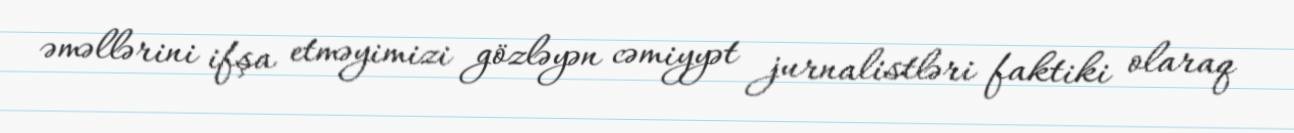
əməllərini ifşa etməyimizi gözləyən cəmiyyət jurnalistləri faktiki olaraq